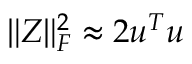
\Vert Z \Vert _ { F } ^ { 2 } \approx 2 u ^ { T } u